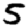
Digit: 5